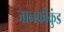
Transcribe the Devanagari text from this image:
जानकीकुंड